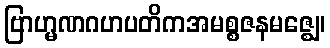
ဗြာဟ္မဏဂဟပတိကအမစ္စဇနမဇ္ဈေ၊